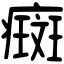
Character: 癍